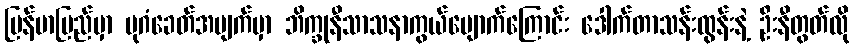
မြန်မာပြည်မှာ ပုဂံခေတ်အပျက်မှာ ဘိက္ခုနီသာသနာကွယ်ပျောက်ကြောင်း ဒေါက်တာသန်းထွန်းနဲ့ ဦးနီတွတ်လို